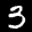
Label: 3